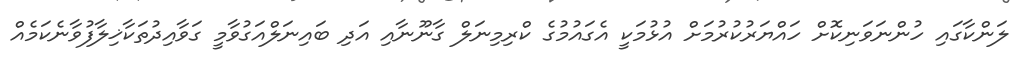
ލަންކާގައި ހުންނަވަނިކޮށް ހައްޔަރުކުރުމަށް އުޅުމަކީ އެގައުމުގެ ކްރިމިނަލް ގާނޫނާއި އަދި ބައިނަލްއަގުވާމީ ގަވާއިދުތަކާޚިލާފުވާނެކަމެއް